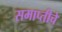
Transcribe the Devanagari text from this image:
समाप्तीचे